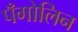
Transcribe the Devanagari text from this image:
पँगोलिन